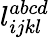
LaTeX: l_{ijkl}^{abcd}